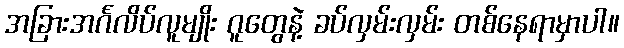
အခြားအင်္ဂလိပ်လူမျိုး ဂူတွေနဲ့ ခပ်လှမ်းလှမ်း တစ်နေရာမှာပါ။